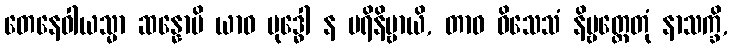
တေနေဝါယသ္မာ ဆန္နောပိ ယာဝ ဗုဒ္ဓေါ န ပရိနိဗ္ဗာယိ, တာဝ ဝိသေသံ နိဗ္ဗတ္တေတုံ နာသက္ခိ,